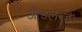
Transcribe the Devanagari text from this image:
ओडलॅन्डः